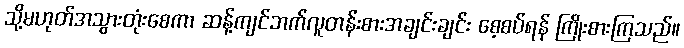
သို့မဟုတ်အသွားတုံးစေကာ ဆန့်ကျင်ဘက်လူတန်းစားအချင်းချင်း စေ့စပ်ရန် ကြိုးစားကြသည်။